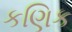
કણિક